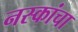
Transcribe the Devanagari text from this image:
नस्कांचा